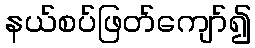
နယ်စပ်ဖြတ်ကျော်၍